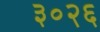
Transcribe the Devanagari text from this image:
३०२६